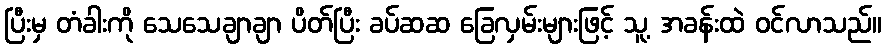
ပြီးမှ တံခါးကို သေသေချာချာ ပိတ်ပြီး ခပ်ဆဆ ခြေလှမ်းများဖြင့် သူ့ အခန်းထဲ ဝင်လာသည်။